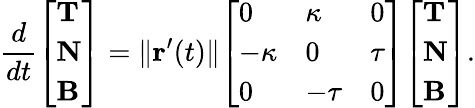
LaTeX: {\frac{d}{dt}}{\left[\begin{array}{l}{\mathbf{T}}\\ {\mathbf{N}}\\ {\mathbf{B}}\end{array}\right]}=\| \mathbf{r}^{\prime}(t)\| {\left[\begin{array}{lll}{0}&{\kappa}&{0}\\ {-\kappa}&{0}&{\tau}\\ {0}&{-\tau}&{0}\end{array}\right]}{\left[\begin{array}{l}{\mathbf{T}}\\ {\mathbf{N}}\\ {\mathbf{B}}\end{array}\right]}.